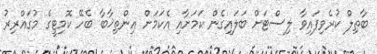
ބާތިލް ކުރެވިފައިވާ ލިސްޓަށް ބަލައިގެން ކަމަށާއި އެކަމަށް އިންތިޚާބާ ބެހޭ ކޮމިޓީގެ މުގައްރިރު